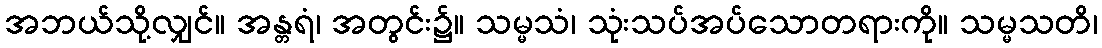
အဘယ်သို့လျှင်။ အန္တရံ၊ အတွင်း၌။ သမ္မသံ၊ သုံးသပ်အပ်သောတရားကို။ သမ္မသတိ၊